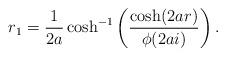
LaTeX: \begin{align*} r_1 = \frac{1}{2a} \cosh^{-1}\left(\frac{\cosh(2ar)}{\phi(2ai)}\right).\end{align*}